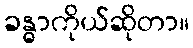
ခန္ဓာကိုယ်ဆိုတာ။